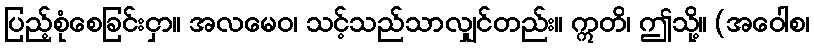
ပြည့်စုံစေခြင်းငှာ။ အလမေဝ၊ သင့်သည်သာလျှင်တည်း။ ဣတိ၊ ဤသို့။ (အဝေါစ၊